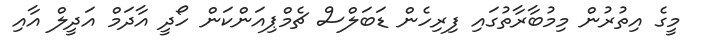
މީގެ އިތުރުން މިމުބާރާތުގައި ފިރިހެން ޑަބަލްސް ޗެމްޕިއަންކަން ހޯދީ އާދަމް އަދީލް އާއި